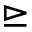
\trianglerighteq